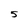
Character: 5